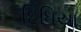
દિધિયા